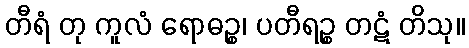
တီရံ တု ကူလံ ရောဓဉ္စ၊ ပတီရဉ္စ တဋံ တိသု။